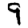
Digit: 9